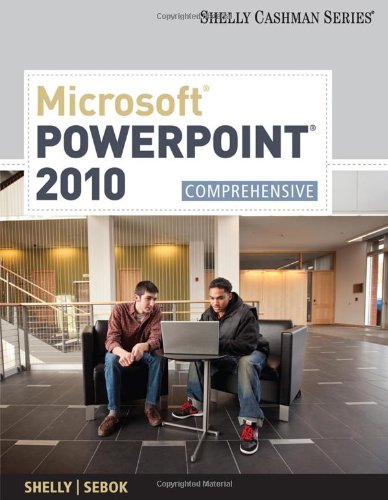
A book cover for Microsoft PowerPoint 2010: Comprehensive (SAM 2010 Compatible Products); Gary B. Shelly; Computers & Technology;